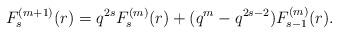
LaTeX: \begin{align*}F^{(m+1)}_s(r)=q^{2s}F^{(m)}_s(r)+(q^m-q^{2s-2})F^{(m)}_{s-1}(r).\end{align*}